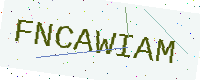
Text: FNCAWIAM